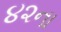
૪૨ના